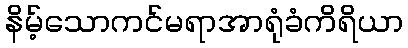
နိမ့်သောကင်မရာအာရုံခံကိရိယာ